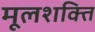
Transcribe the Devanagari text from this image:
मूलशक्ति